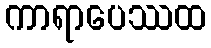
ကာရာပေဿထ